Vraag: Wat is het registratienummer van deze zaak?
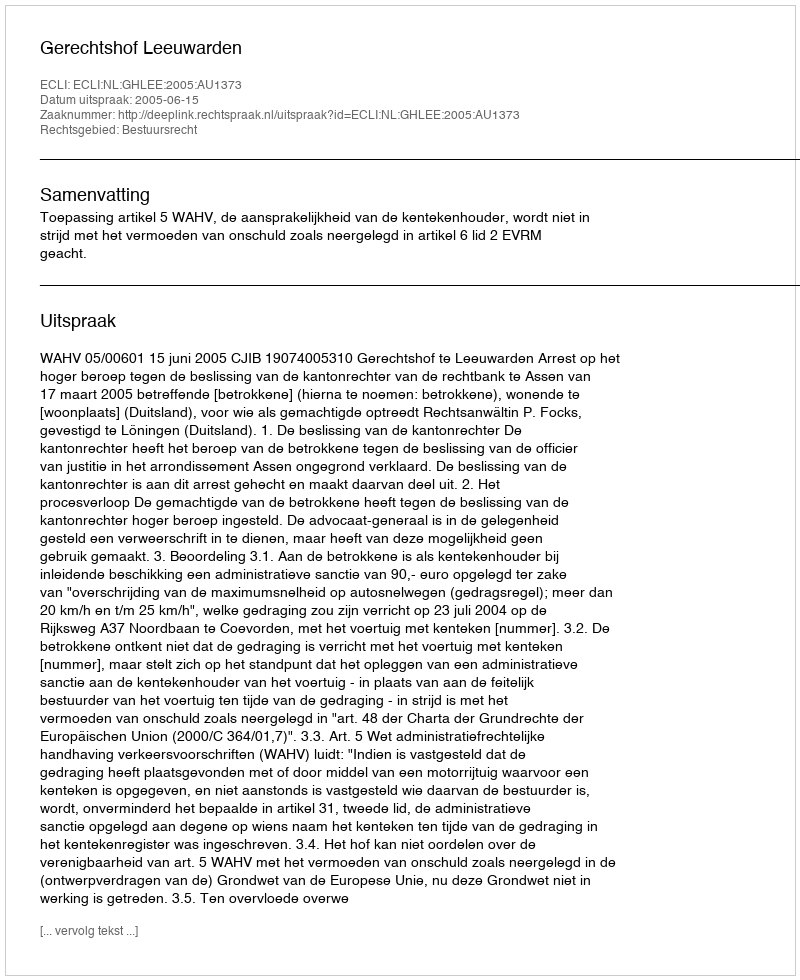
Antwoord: http://deeplink.rechtspraak.nl/uitspraak?id=ECLI:NL:GHLEE:2005:AU1373